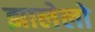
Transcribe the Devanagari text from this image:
झालेलो